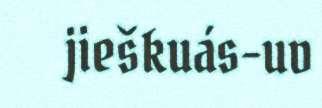
jieškuás-uv